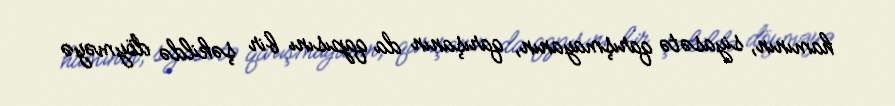
hamının, siyasətə qarışmayanın, qarışanın da qapısını bir şəkildə döyməyə